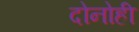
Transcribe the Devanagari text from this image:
दोनोही